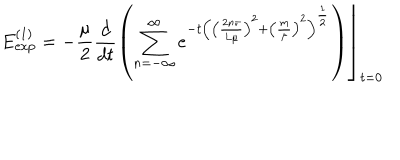
E _ { \exp } ^ { \left( 1 \right) } = \left. - \frac \mu 2 \frac d { d t } \left( \sum _ { n = - \infty } ^ { \infty } e ^ { - t \left( \left( \frac { 2 n \pi } { L \mu } \right) ^ { 2 } + \left( \frac m \mu \right) ^ { 2 } \right) ^ { \frac 1 2 } } \right) \right\rfloor _ { t = 0 }